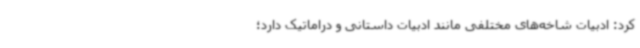
کرد: ادبیات شاخه‌های مختلفی مانند ادبیات داستانی و دراماتیک دارد؛